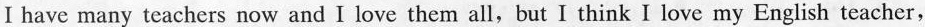
I have many teachers now and I love them all,but I think I love my English teacher,